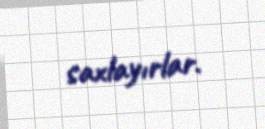
saxlayırlar.